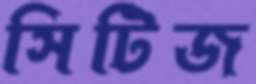
সিটিজ